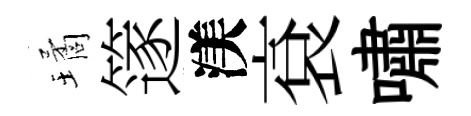
璚篴渼袞嘯